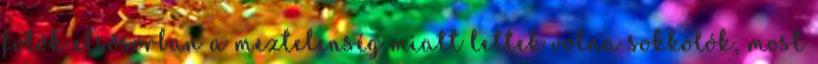
fotók elsősorban a meztelenség miatt lettek volna sokkolók, most